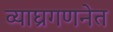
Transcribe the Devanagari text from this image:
व्याघ्रगणनेत